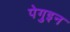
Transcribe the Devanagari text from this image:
पेगुइन